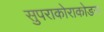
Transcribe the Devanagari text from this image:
सुपराकोराकोडस